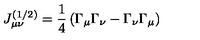
J _ { \mu \nu } ^ { ( 1 / 2 ) } = \frac 1 4 \left( \Gamma _ { \mu } \Gamma _ { \nu } - \Gamma _ { \nu } \Gamma _ { \mu } \right)